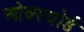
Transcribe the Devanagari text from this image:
ओक्स्वोर्ड